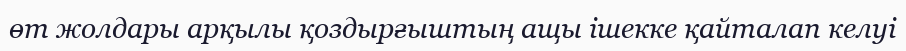
өт жолдары арқылы қоздырғыштың ащы ішекке қайталап келуі